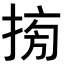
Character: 𢮔